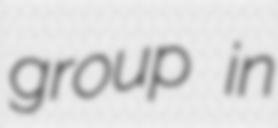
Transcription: group in